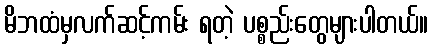
မိဘထံမှလက်ဆင့်ကမ်း ရတဲ့ ပစ္စည်းတွေများပါတယ်။